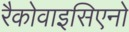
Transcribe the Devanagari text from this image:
रैकोवाइसिएनो